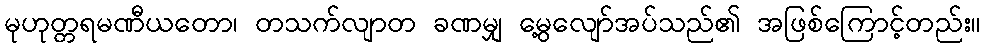
မုဟုတ္တရမဏီယတော၊ တသက်လျာတ ခဏမျှ မွေ့လျော်အပ်သည်၏ အဖြစ်ကြောင့်တည်း။